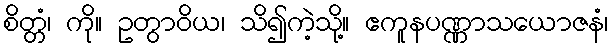
စိတ္တံ၊ ကို။ ဥတွာဝိယ၊ သိ၍ကဲ့သို့။ ဧကူနပဏ္ဏာသယောဇနံ၊